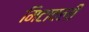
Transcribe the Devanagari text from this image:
मिटावली